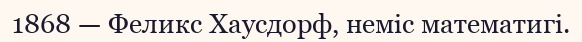
1868 — Феликс Хаусдорф, неміс математигі.